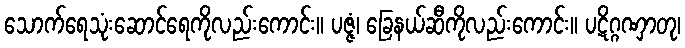
သောက်ရေသုံးဆောင်ရေကိုလည်းကောင်း။ ပဇ္ဇံ၊ ခြေနယ်ဆီကိုလည်းကောင်း။ ပဋိဂ္ဂဏှာတု၊